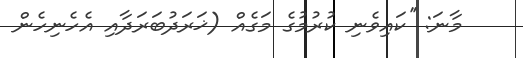
މާނަ: ''ކައިވެނި ކުރުމުގެ މަގެއް (ޚަރަދުބަރަދާއި އެހެނިހެން